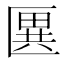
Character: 㔴